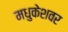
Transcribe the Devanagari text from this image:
मधुकेशवर